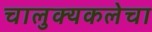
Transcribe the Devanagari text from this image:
चालुक्यकलेचा